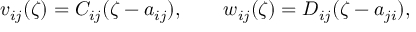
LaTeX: v _ { i j } ( \zeta ) = C _ { i j } ( \zeta - a _ { i j } ) , \qquad w _ { i j } ( \zeta ) = D _ { i j } ( \zeta - a _ { j i } ) ,